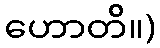
ဟောတိ။)